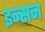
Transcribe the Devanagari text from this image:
इन्सन